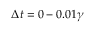
\Delta t = 0 - 0 . 0 1 \gamma